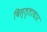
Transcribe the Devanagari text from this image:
विस्तृताधार